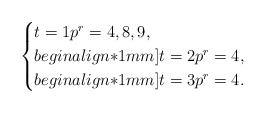
\begin{align*}\begin{cases}t = 1 p^r = 4, 8, 9,\\begin{align*}1mm]t = 2 p^r = 4,\\begin{align*}1mm]t = 3 p^r = 4.\end{cases}\end{align*}